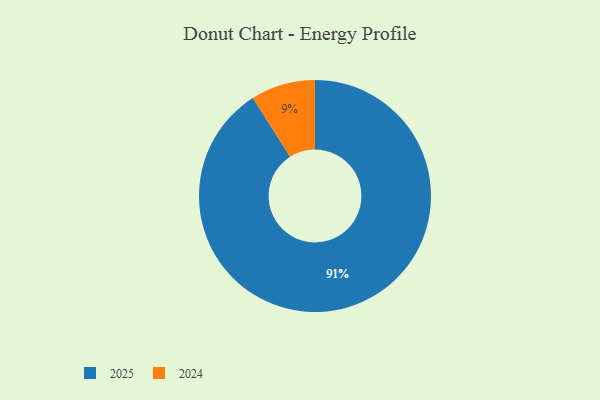
{"axis": {"x": "Category", "y": "Percentage"}, "legend": ["2024", "2025"], "data": [{"x": "2025", "y": 91, "type": "2025"}, {"x": "2024", "y": 9, "type": "2024"}]}